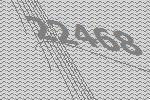
22468